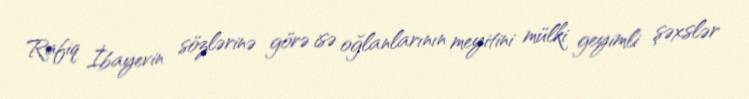
Rafiq İbayevin sözlərinə görə isə oğlanlarının meyitini mülki geyimli şəxslər